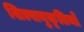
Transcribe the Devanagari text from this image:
शिल्पानुकृतियाँ